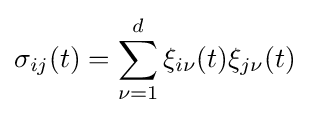
\sigma _{ij}(t)=\sum _{\nu =1}^{d}\xi _{i\nu }(t)\xi _{j\nu }(t)